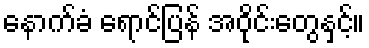
နောက်ခံ ရောင်ပြန် အဝိုင်းတွေနှင့်။